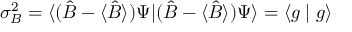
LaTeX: \sigma _ { B } ^ { 2 } = \langle ( { \hat { B } } - \langle { \hat { B } } \rangle ) \Psi | ( { \hat { B } } - \langle { \hat { B } } \rangle ) \Psi \rangle = \langle g \mid g \rangle